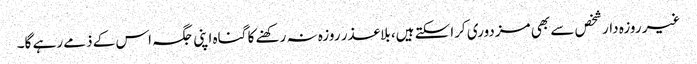
غیر روزہ دار شخص سے بھی مزدوری کراسکتے ہیں، بلاعذر روزہ نہ رکھنے کا گناہ اپنی جگہ اس کے ذمے رہے گا۔